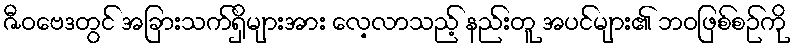
ဇီဝဗေဒတွင် အခြားသက်ရှိများအား လေ့လာသည့် နည်းတူ အပင်များ၏ ဘဝဖြစ်စဉ်ကို